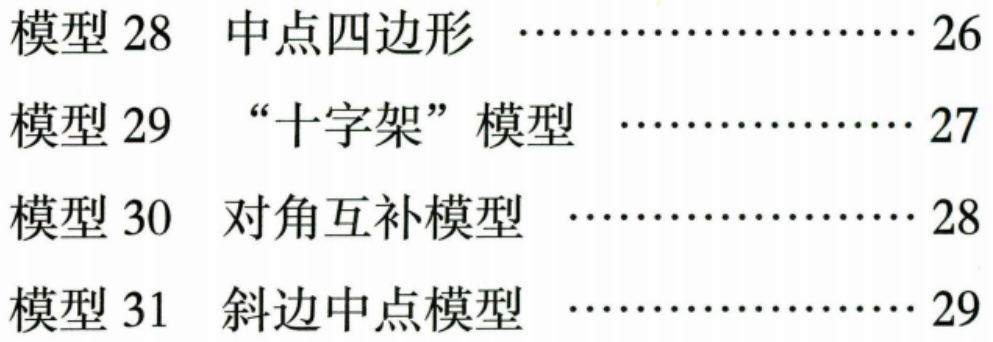
模型 28  中点四边形  ………………… 26
模型 29  “十字架”模型  ……………… 27
模型 30  对角互补模型  ……………… 28
模型 31  斜边中点模型  ……………… 29